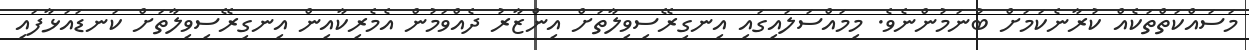
މަސައްކަތްތަކެއް ކުރާނެކަމަށް ބުނަމުންނެވެ. މިމައްސަލައިގައި އިނގިރޭސިވިލާތަށް އިންޒާރު ދެއްވަމުން އެމެރިކާއިން އިނގިރޭސިވިލާތަށް ކަނޑައަޅާފައި